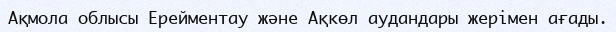
Ақмола облысы Ерейментау және Ақкөл аудандары жерімен ағады.